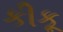
કીકૂ